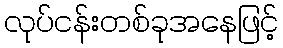
လုပ်ငန်းတစ်ခုအနေဖြင့်